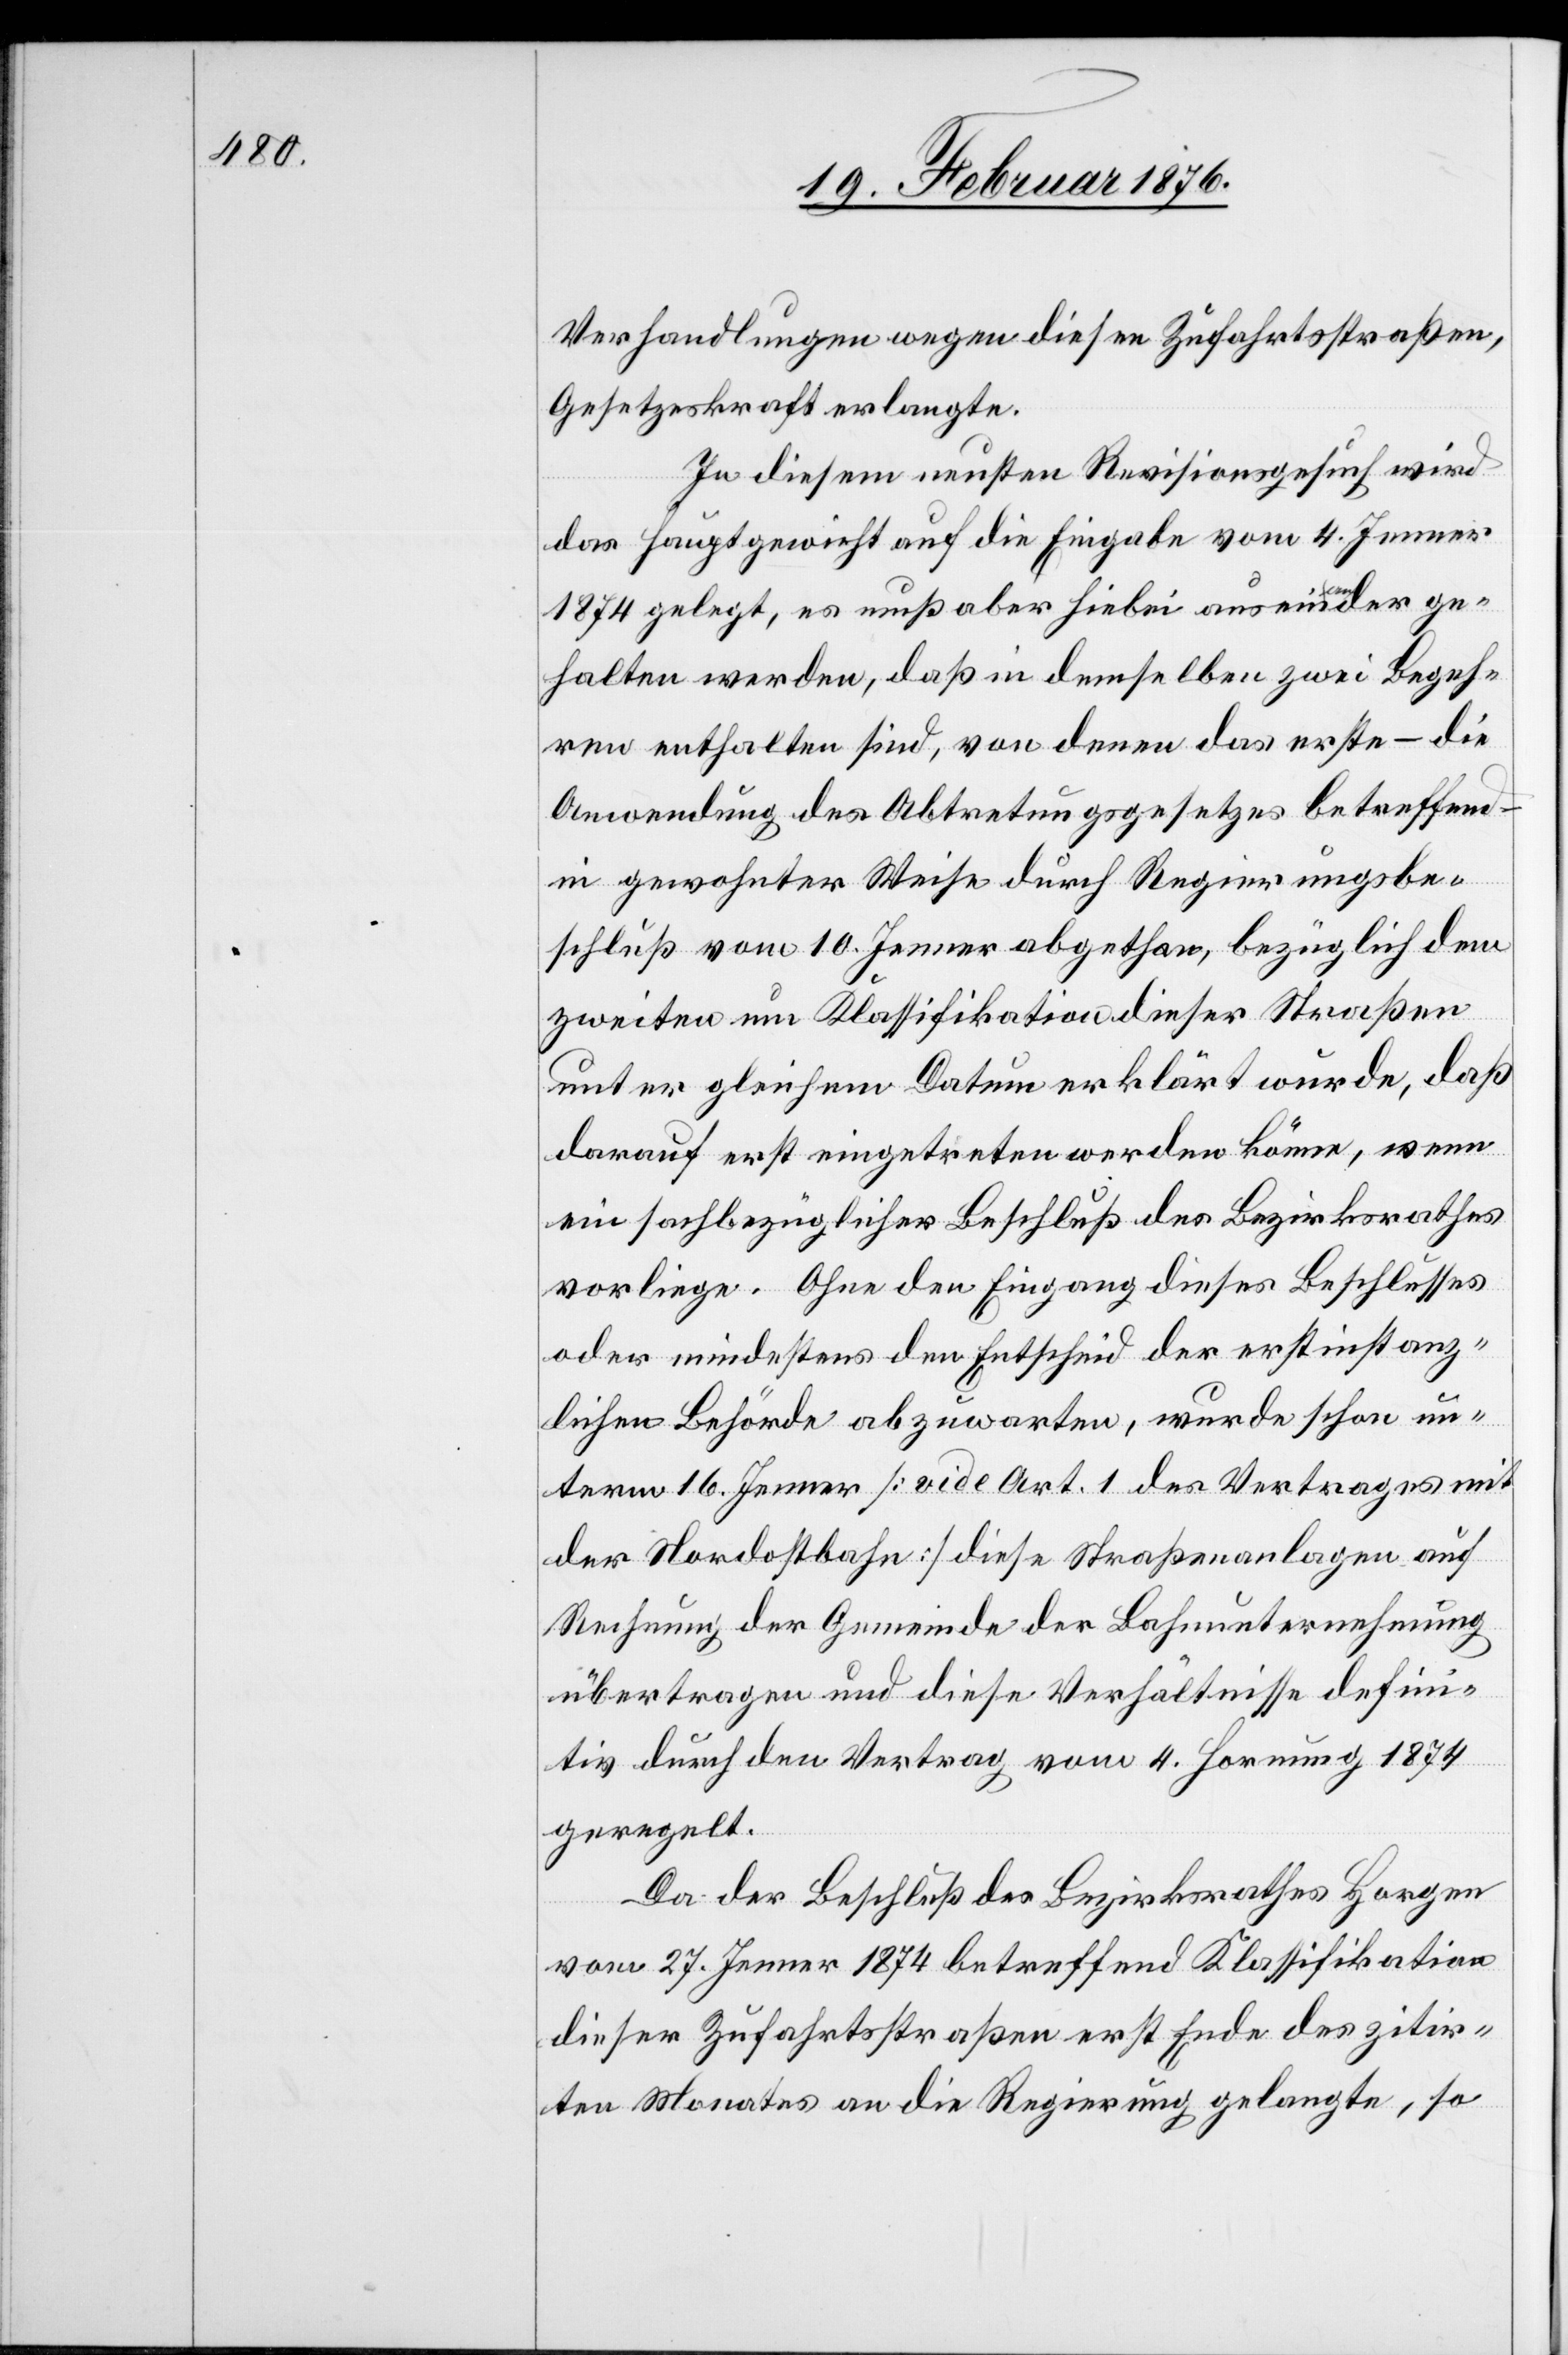
Verhandlungen wegen diesen Zufahrtsstraßen,
Gesetzeskraft erlangte.
In diesem neusten Revisionsgesuch wird
das Hauptgewicht auf die Eingabe vom 4. Jenner
1874 gelegt, es muß aber hiebei auseinander ge¬
halten werden, daß in demselben zwei Begeh¬
ren enthalten sind, von denen das erste – die
Anordnung des Abtretungsgesetzes betreffend
in gewohnter Weise durch Regierungsbe¬
schluß vom 10. Jenner abgethan, bezüglich dem
zweiten um Klassifikation dieser Straßen
unter gleichem Datum erklärt wurde, daß
darauf erst eingetreten werden könne, wenn
ein sachbezüglicher Beschluß des Bezirksrathes
vorliege. Ohne den Eingang dieses Beschlusses
oder mindestens den Entscheid der erstinstanz¬
lichen Behörde abzuwarten, wurden schon un¬
term 16. Jenner [vide Art. 1 des Vertrages mit
der Nordostbahn] diese Straßenanlagen auf
Rechnung der Gemeinde der Bahnunternehmung
übertragen und diese Verhältnisse defini¬
tiv durch den Vertrag vom 4. Hornung 1874
geregelt.
Da der Beschluß des Bezirksrathes Horgen
vom 27. Jenner 1874 betreffend Klassifikation
dieser Zufahrtsstraßen erst Ende des zitir¬
ten Monates an die Regierung gelangte, so